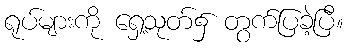
ရုပ်များကို ရှေ့သုတ်၌ တွက်ပြခဲ့ပြီ။